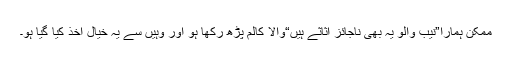
ممکن ہمارا”نیب والو یہ بھی ناجائز اثاثے ہیں“والا کالم پڑھ رکھا ہو اور وہیں سے یہ خیال اخذ کیا گیا ہو۔